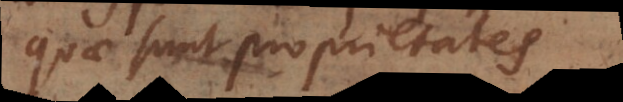
quae sunt proprietates